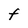
Character: F